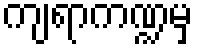
ကျရာကဏ္ဍမှ